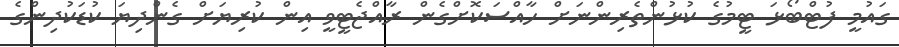
ގައުމީ ފުޓްބޯޅަ ޓީމުގެ ކުޅުންތެރިންނަށް ހާއްސަކޮށްގެން ރާއްޖެޓީވީ އިން ކުރިޔަށް ގެންދިޔަ ކުޑަކުދިންގެ